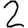
Digit: 2